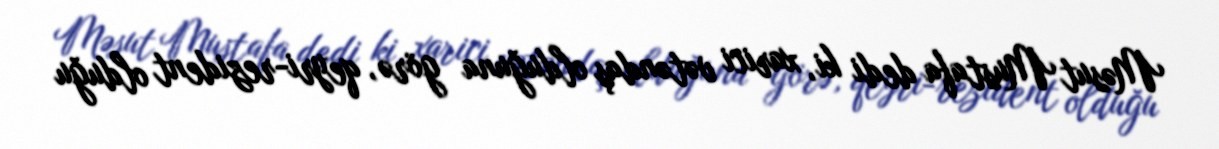
Məsut Mustafa dedi ki, xarici vətəndaş olduğuna görə, qeyri-rezident olduğu